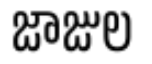
జాజుల